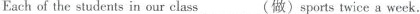
Each of the students in our class____(做)sports twice a week.